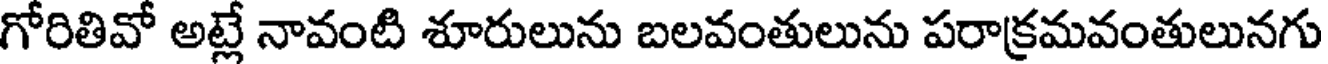
గోరితివో అట్లే నావంటి శూరులును బలవంతులును పరాక్రమవంతులునగు